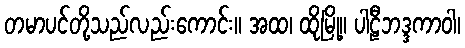
တမာပင်တို့သည်လည်းကောင်း။ အထ၊ ထိုမြို့။ ပါဠီဘဒ္ဒကာဝါ၊